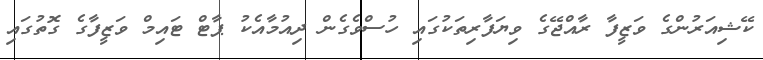
ކޭޝިއަރުންގެ ވަޒީފާ ރާއްޖޭގެ ވިޔަފާރިތަކުގައި ހުސްވެގެން ދިއުމާއެކު ޕާޓް ޓައިމް ވަޒީފާގެ ގޮތުގައި